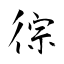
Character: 徖